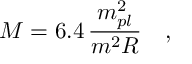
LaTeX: M = 6 . 4 \, \frac { m _ { p l } ^ { 2 } } { m ^ { 2 } R } \quad ,